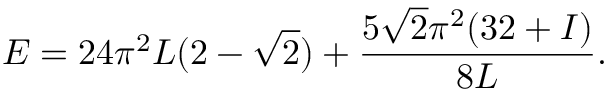
E = 2 4 \pi ^ { 2 } L ( 2 - \sqrt { 2 } ) + \frac { 5 \sqrt { 2 } \pi ^ { 2 } ( 3 2 + { \cal I } ) } { 8 L } .